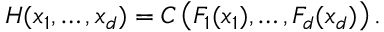
H ( x _ { 1 } , \dots , x _ { d } ) = C \left( F _ { 1 } ( x _ { 1 } ) , \dots , F _ { d } ( x _ { d } ) \right) .